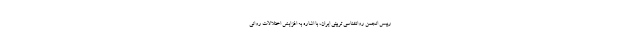
رییس انجمن روانشناسی تربیتی ایران، با اشاره به افزایش اختلالات روانی